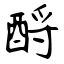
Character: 酹